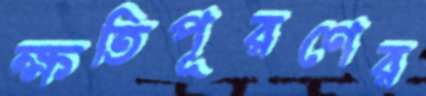
ক্ষতিপূরণের